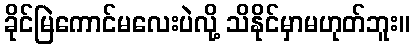
ခိုင်မြဲကောင်မလေးပဲလို့ သိနိုင်မှာမဟုတ်ဘူး။